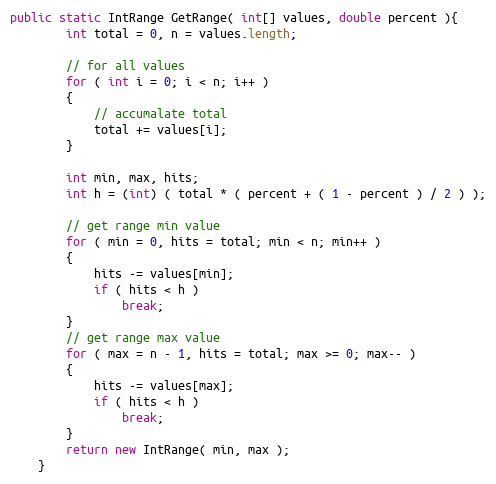
Language: Java
public static IntRange GetRange( int[] values, double percent ){
        int total = 0, n = values.length;

        // for all values
        for ( int i = 0; i < n; i++ )
        {
            // accumalate total
            total += values[i];
        }

        int min, max, hits;
        int h = (int) ( total * ( percent + ( 1 - percent ) / 2 ) );

        // get range min value
        for ( min = 0, hits = total; min < n; min++ )
        {
            hits -= values[min];
            if ( hits < h )
                break;
        }
        // get range max value
        for ( max = n - 1, hits = total; max >= 0; max-- )
        {
            hits -= values[max];
            if ( hits < h )
                break;
        }
        return new IntRange( min, max );
    }